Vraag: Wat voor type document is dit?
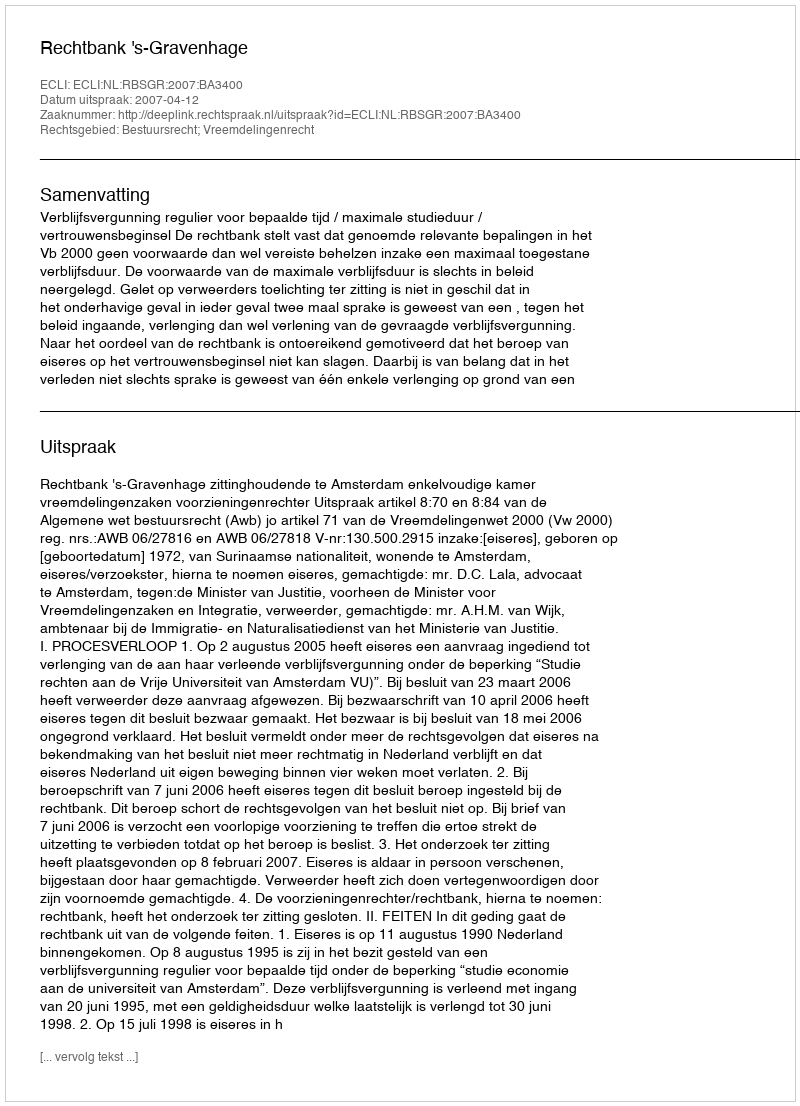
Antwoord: Uitspraak